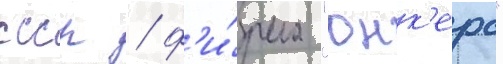
ссср / ф'и́рма "юнк'ерс"